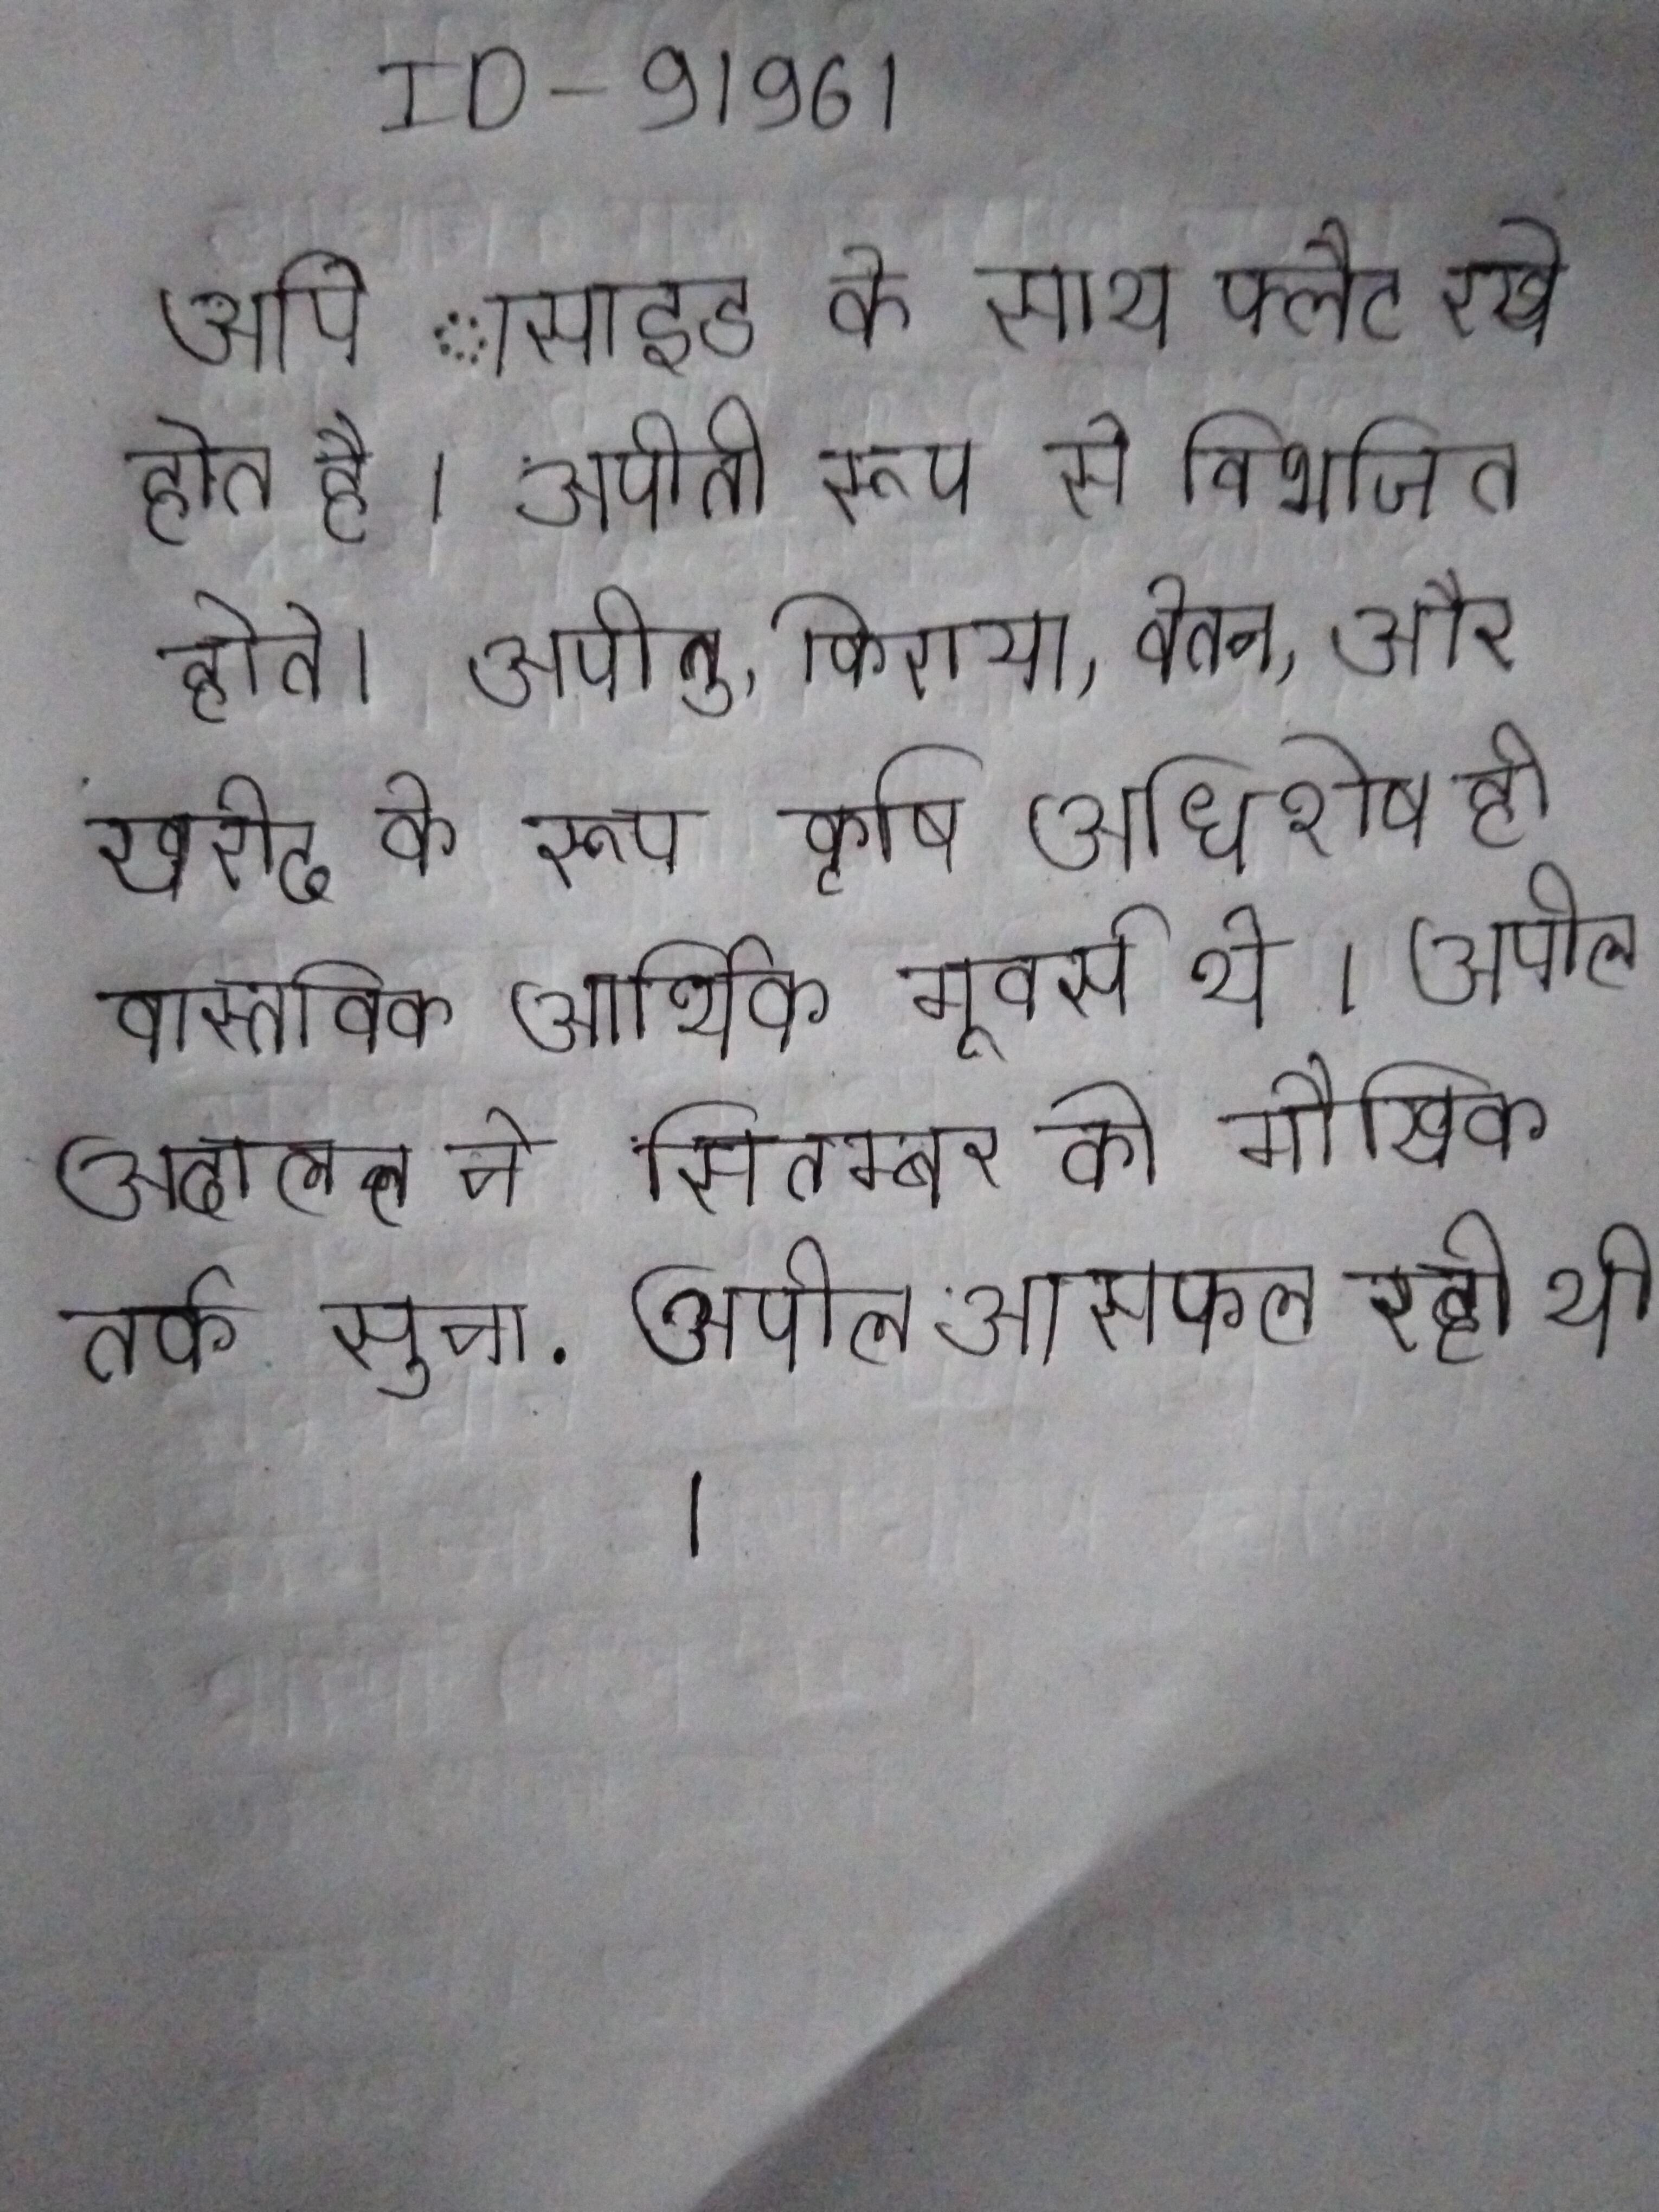
अपिे ासाइड के साथ फ्लैट रखे होत है । अपीती रूप से विभजित होते । अपीतु, किराया, वेतन, और खरीद के रूप कृषि अधिशेष ही वास्तविक आर्थिक मूवर्स थे । अपील अदालत ने सितम्बर को मौखिक तर्क सुना . अपील असफल रही थी ।